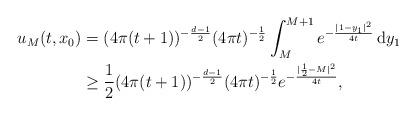
LaTeX: \begin{align*}u_M(t,x_0) &= (4\pi(t+1))^{-\frac{d-1}{2}} (4\pi t)^{-\frac{1}{2}}\int_M^{M+1} e^{-\frac{|1-y_1|^2}{4t}}\,\mathrm dy_1\\&\geq\frac{1}{2}(4\pi(t+1))^{-\frac{d-1}{2}}(4\pi t)^{-\frac{1}{2}}e^{-\frac{|\frac{1}{2}-M|^2}{4t}},\end{align*}